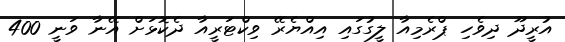
އުރީދޫ ދިވެހި ޕްރެމިއާ ލީގުގައި އިއްޔެރޭ ވިކްޓަރީއާ ދެކޮޅަށް އޭނާ ވަނީ 400